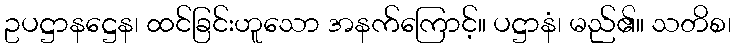
ဥပဋ္ဌာနဋ္ဌေန၊ ထင်ခြင်းဟူသော အနက်ကြောင့်။ ပဋ္ဌာနံ၊ မည်၏။ သတိစ၊